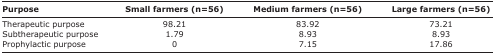
<table><thead><tr><td><b>Purpose</b></td><td><b>Small farmers (n=56)</b></td><td><b>Medium farmers (n=56)</b></td><td><b>Large farmers (n=56)</b></td></tr></thead><tbody><tr><td>Therapeutic purpose</td><td>98.21</td><td>83.92</td><td>73.21</td></tr><tr><td>Subtherapeutic purpose</td><td>1.79</td><td>8.93</td><td>8.93</td></tr><tr><td>Prophylactic purpose</td><td>0</td><td>7.15</td><td>17.86</td></tr></tbody></table>